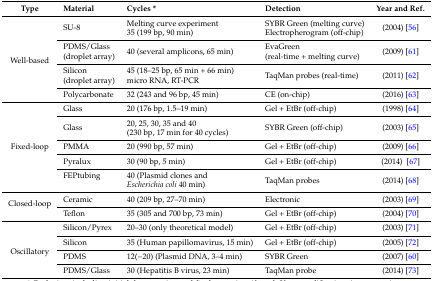
<table><thead><tr><td><b>Type</b></td><td><b>Material</b></td><td><b>Cycles *</b></td><td><b>Detection</b></td><td><b>Year and Ref.</b></td></tr></thead><tbody><tr><td rowspan="4">Well-based</td><td>SU-8</td><td>Melting curve experiment 35 (199 bp, 90 min)</td><td>SYBR Green (melting curve) Electropherogram (off-chip)</td><td>(2004) [56]</td></tr><tr><td>PDMS/Glass (droplet array)</td><td>40 (several amplicons, 65 min)</td><td>EvaGreen (real-time + melting curve)</td><td>(2009) [61]</td></tr><tr><td>Silicon (droplet array)</td><td>45 (18–25 bp, 65 min + 66 min) micro RNA, RT-PCR</td><td>TaqMan probes (real-time)</td><td>(2011) [62]</td></tr><tr><td>Polycarbonate</td><td>32 (243 and 96 bp, 45 min)</td><td>CE (on-chip)</td><td>(2016) [63]</td></tr><tr><td rowspan="5">Fixed-loop</td><td>Glass</td><td>20 (176 bp, 1.5–19 min)</td><td>Gel + EtBr (off-chip)</td><td>(1998) [64]</td></tr><tr><td>Glass</td><td>20, 25, 30, 35 and 40 (230 bp, 17 min for 40 cycles)</td><td>SYBR Green (off-chip)</td><td>(2003) [65]</td></tr><tr><td>PMMA</td><td>20 (990 bp, 57 min)</td><td>Gel + EtBr (off-chip)</td><td>(2009) [66]</td></tr><tr><td>Pyralux</td><td>30 (90 bp, 5 min)</td><td>Gel + EtBr (off-chip)</td><td>(2014) [67]</td></tr><tr><td>FEPtubing</td><td>40 (Plasmid clones and <i>Escherichia coli</i> 40 min)</td><td>TaqMan probes</td><td>(2014) [68]</td></tr><tr><td rowspan="2">Closed-loop</td><td>Ceramic</td><td>40 (209 bp, 27–70 min)</td><td>Electronic</td><td>(2003) [69]</td></tr><tr><td>Teflon</td><td>35 (305 and 700 bp, 73 min)</td><td>Gel + EtBr (off-chip)</td><td>(2004) [70]</td></tr><tr><td rowspan="4">Oscillatory</td><td>Silicon/Pyrex</td><td>20–30 (only theoretical model)</td><td>Gel + EtBr (off-chip)</td><td>(2003) [71]</td></tr><tr><td>Silicon</td><td>35 (Human papillomavirus, 15 min)</td><td>Gel + EtBr (off-chip)</td><td>(2005) [72]</td></tr><tr><td>PDMS</td><td>12(−20) (Plasmid DNA, 3–4 min)</td><td>SYBR Green</td><td>(2007) [60]</td></tr><tr><td>PDMS/Glass</td><td>30 (Hepatitis B virus, 23 min)</td><td>TaqMan probe</td><td>(2014) [73]</td></tr></tbody></table>